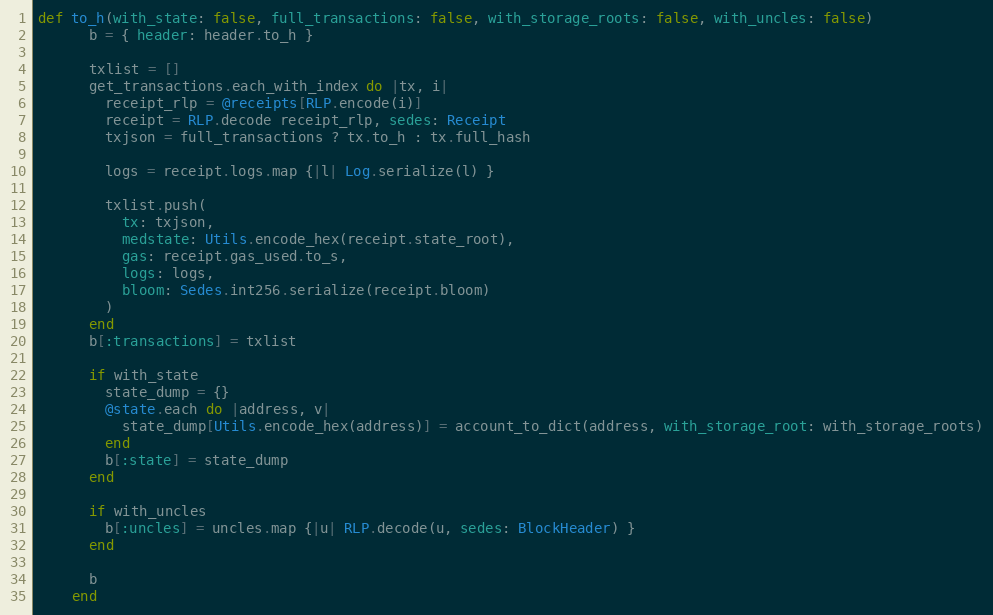
Language: Ruby
def to_h(with_state: false, full_transactions: false, with_storage_roots: false, with_uncles: false)
      b = { header: header.to_h }

      txlist = []
      get_transactions.each_with_index do |tx, i|
        receipt_rlp = @receipts[RLP.encode(i)]
        receipt = RLP.decode receipt_rlp, sedes: Receipt
        txjson = full_transactions ? tx.to_h : tx.full_hash

        logs = receipt.logs.map {|l| Log.serialize(l) }

        txlist.push(
          tx: txjson,
          medstate: Utils.encode_hex(receipt.state_root),
          gas: receipt.gas_used.to_s,
          logs: logs,
          bloom: Sedes.int256.serialize(receipt.bloom)
        )
      end
      b[:transactions] = txlist

      if with_state
        state_dump = {}
        @state.each do |address, v|
          state_dump[Utils.encode_hex(address)] = account_to_dict(address, with_storage_root: with_storage_roots)
        end
        b[:state] = state_dump
      end

      if with_uncles
        b[:uncles] = uncles.map {|u| RLP.decode(u, sedes: BlockHeader) }
      end

      b
    end